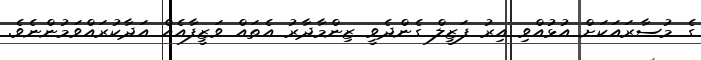
ގެ މުސާރައަކަށް އުޅުއްވި އިރު ފަޒީލް ގެންދެވީ ޒިންމާދާރު އެތައް ވަޒީފާއެއް އަދާކުރައްވަމުންނެވެ.